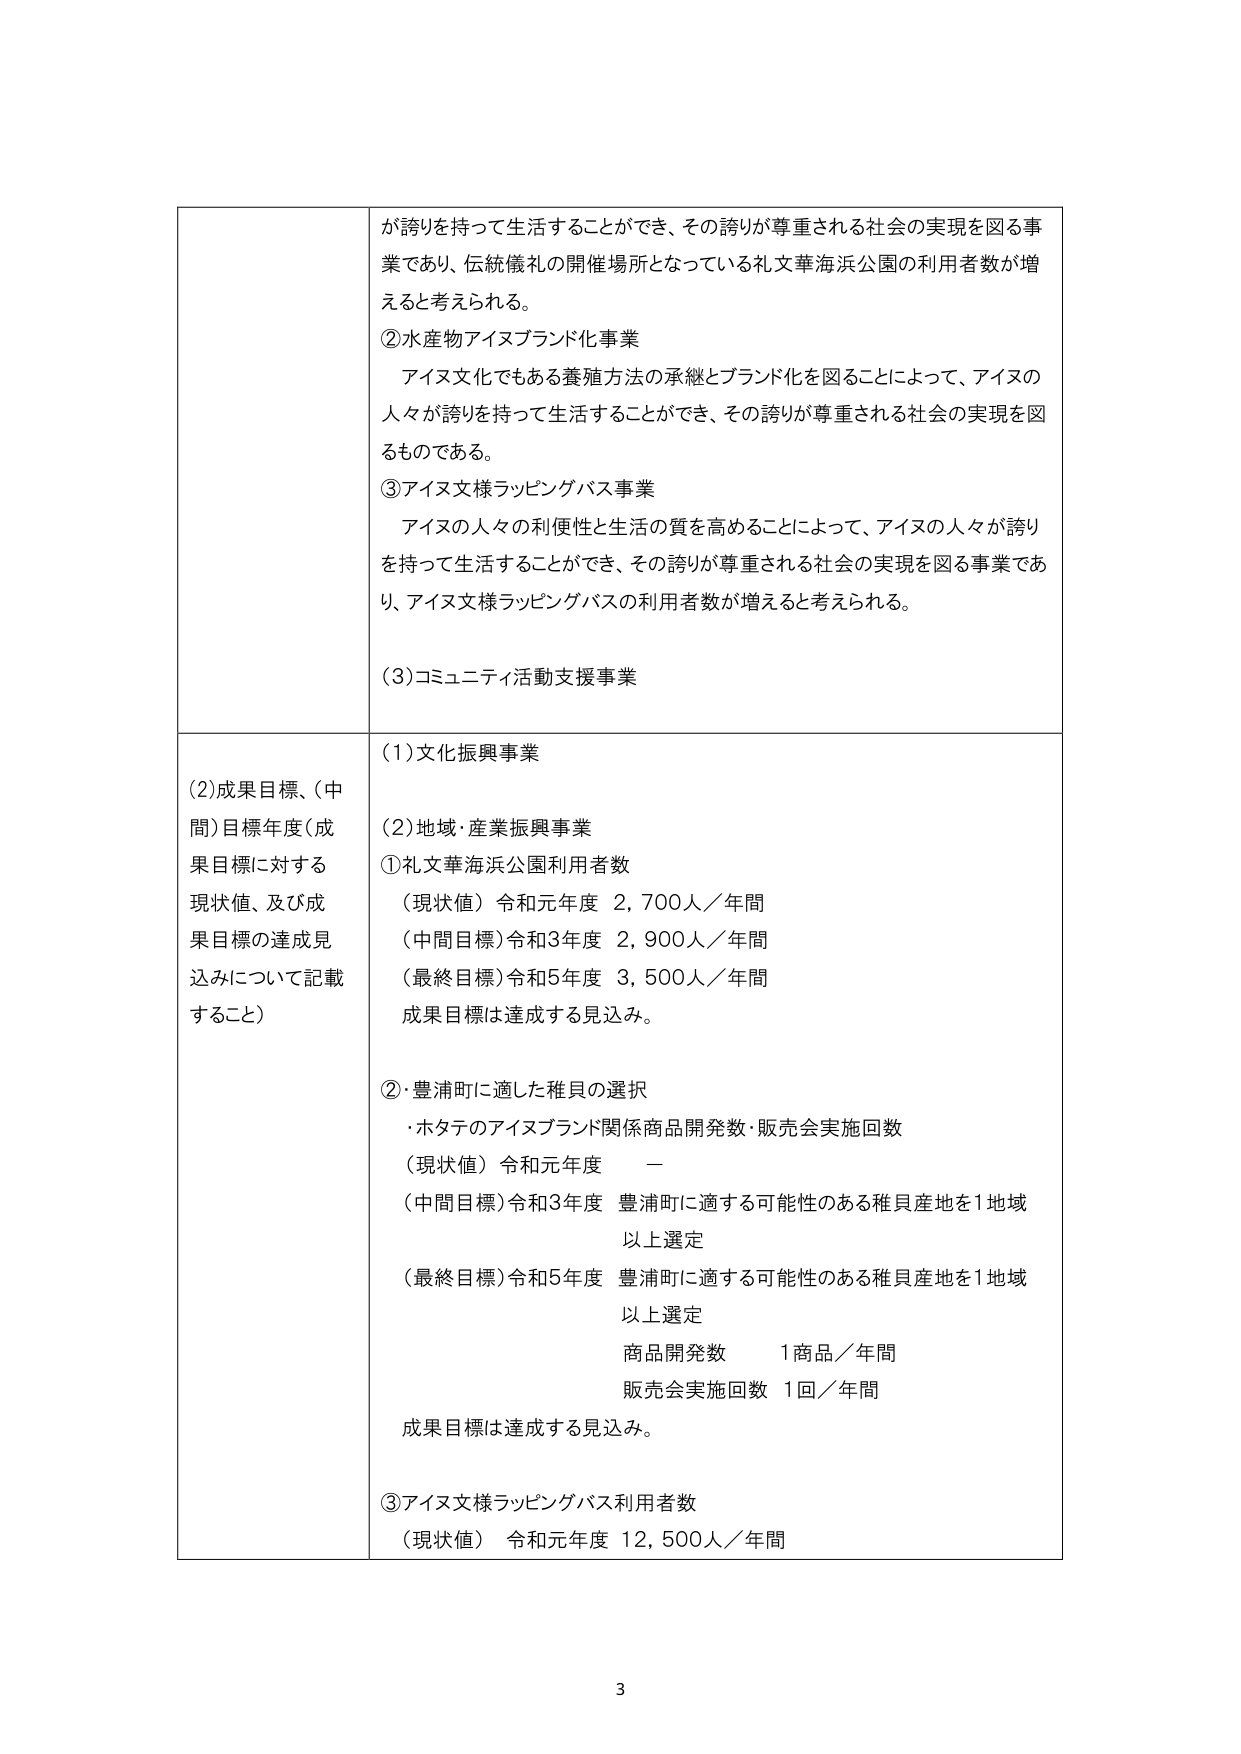
が誇りを持って生活することができ、その誇りが尊重される社会の実現を図る事業であり、伝統儀礼の開催場所となっている礼文華海浜公園の利用者数が増えると考えられる。

②水産物アイヌブランド化事業
アイヌ文化でもある養殖方法の承継とブランド化を図ることによって、アイヌの人々が誇りを持って生活することができ、その誇りが尊重される社会の実現を図るものである。

③アイヌ文様ラッピングバス事業
アイヌの人々の利便性と生活の質を高めることによって、アイヌの人々が誇りを持って生活することができ、その誇りが尊重される社会の実現を図る事業であり、アイヌ文様ラッピングバスの利用者数が増えると考えられる。

(3)コミュニティ活動支援事業

(2)成果目標、(中間)目標年度（成果目標に対する現状値、及び成果目標の達成見込みについて記載すること）

(1)文化振興事業
(2)地域・産業振興事業
①礼文華海浜公園利用者数
（現状値）令和元年度 2,700人／年間
（中間目標）令和3年度 2,900人／年間
（最終目標）令和5年度 3,500人／年間
成果目標は達成する見込み。

②豊浦町に適した稚貝の選択
・ホタテのアイヌブランド関係商品開発数・販売会実施回数
（現状値）令和元年度 －
（中間目標）令和3年度 豊浦町に適する可能性のある稚貝産地を1地域以上選定
（最終目標）令和5年度 豊浦町に適する可能性のある稚貝産地を1地域以上選定
商品開発数 1商品／年間
販売会実施回数 1回／年間
成果目標は達成する見込み。

③アイヌ文様ラッピングバス利用者数
（現状値）令和元年度 12,500人／年間

3